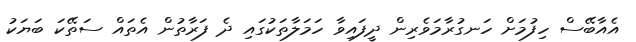
އެއާބޭސް ހިފުމަށް ހަނގުރާމަވެރިން ދީފައިވާ ހަމަލާތަކުގައި ދެ ފަރާތުން އެތައް ސަތޭކަ ބަޔަކު